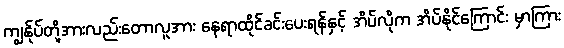
ကျွန်ုပ်တို့အားလည်းတောလူအား နေရာထိုင်ခင်းပေးရန်နှင့် အိပ်လိုက အိပ်နိုင်ကြောင်း မှာကြား